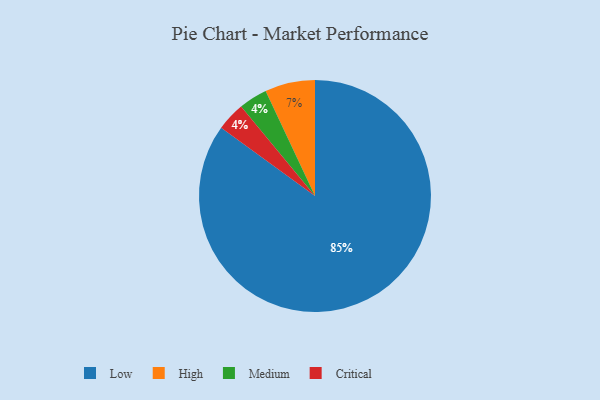
{"axis": {"x": "Category", "y": "Percentage"}, "legend": ["Critical", "High", "Low", "Medium"], "data": [{"x": "Medium", "y": 4, "type": "Medium"}, {"x": "High", "y": 7, "type": "High"}, {"x": "Low", "y": 85, "type": "Low"}, {"x": "Critical", "y": 4, "type": "Critical"}]}